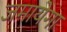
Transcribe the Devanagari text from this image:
जमायेगा